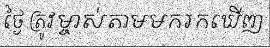
ថ្ងៃ ត្រូវម្ចាស់តាមមករកឃើញ